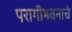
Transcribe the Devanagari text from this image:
परागीभवनाचे